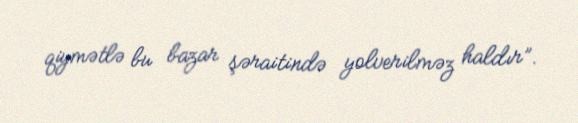
qiymətlə bu bazar şəraitində yolverilməz haldır”.